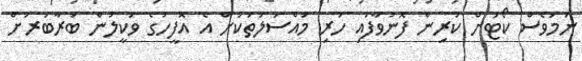
ނަމަވެސް ކޯޓަށް ކުރިން ފޮނުވާފައި ހުރި މައްސަލަތަކަށް އެ އޮފީހުގެ ވަކީލުން ބަރާބަރަށް